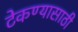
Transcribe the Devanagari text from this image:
टेकण्यासाठी